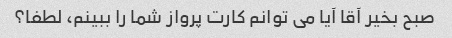
صبح بخیر آقا آیا می توانم کارت پرواز شما را ببینم، لطفا؟